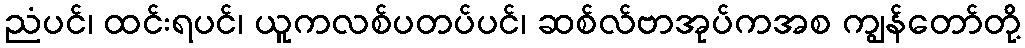
ညံပင်၊ ထင်းရပင်၊ ယူကလစ်ပတပ်ပင်၊ ဆစ်လ်ဗာအုပ်ကအစ ကျွန်တော်တို့